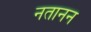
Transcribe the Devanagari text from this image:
नतानन